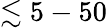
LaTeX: \lesssim 5-50